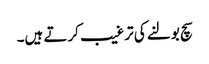
سچ بولنے کی ترغیب کرتے ہیں۔